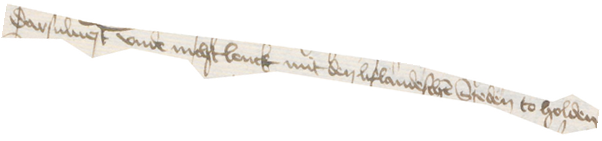
darsulnest vnde nichtlenck mit den lifandeschen Steden to holden